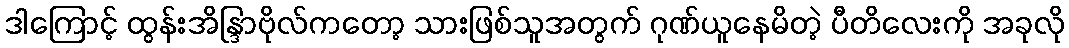
ဒါကြောင့် ထွန်းအိန္ဒြာဗိုလ်ကတော့ သားဖြစ်သူအတွက် ဂုဏ်ယူနေမိတဲ့ ပီတိလေးကို အခုလို